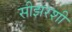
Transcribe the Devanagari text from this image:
सीझरशी